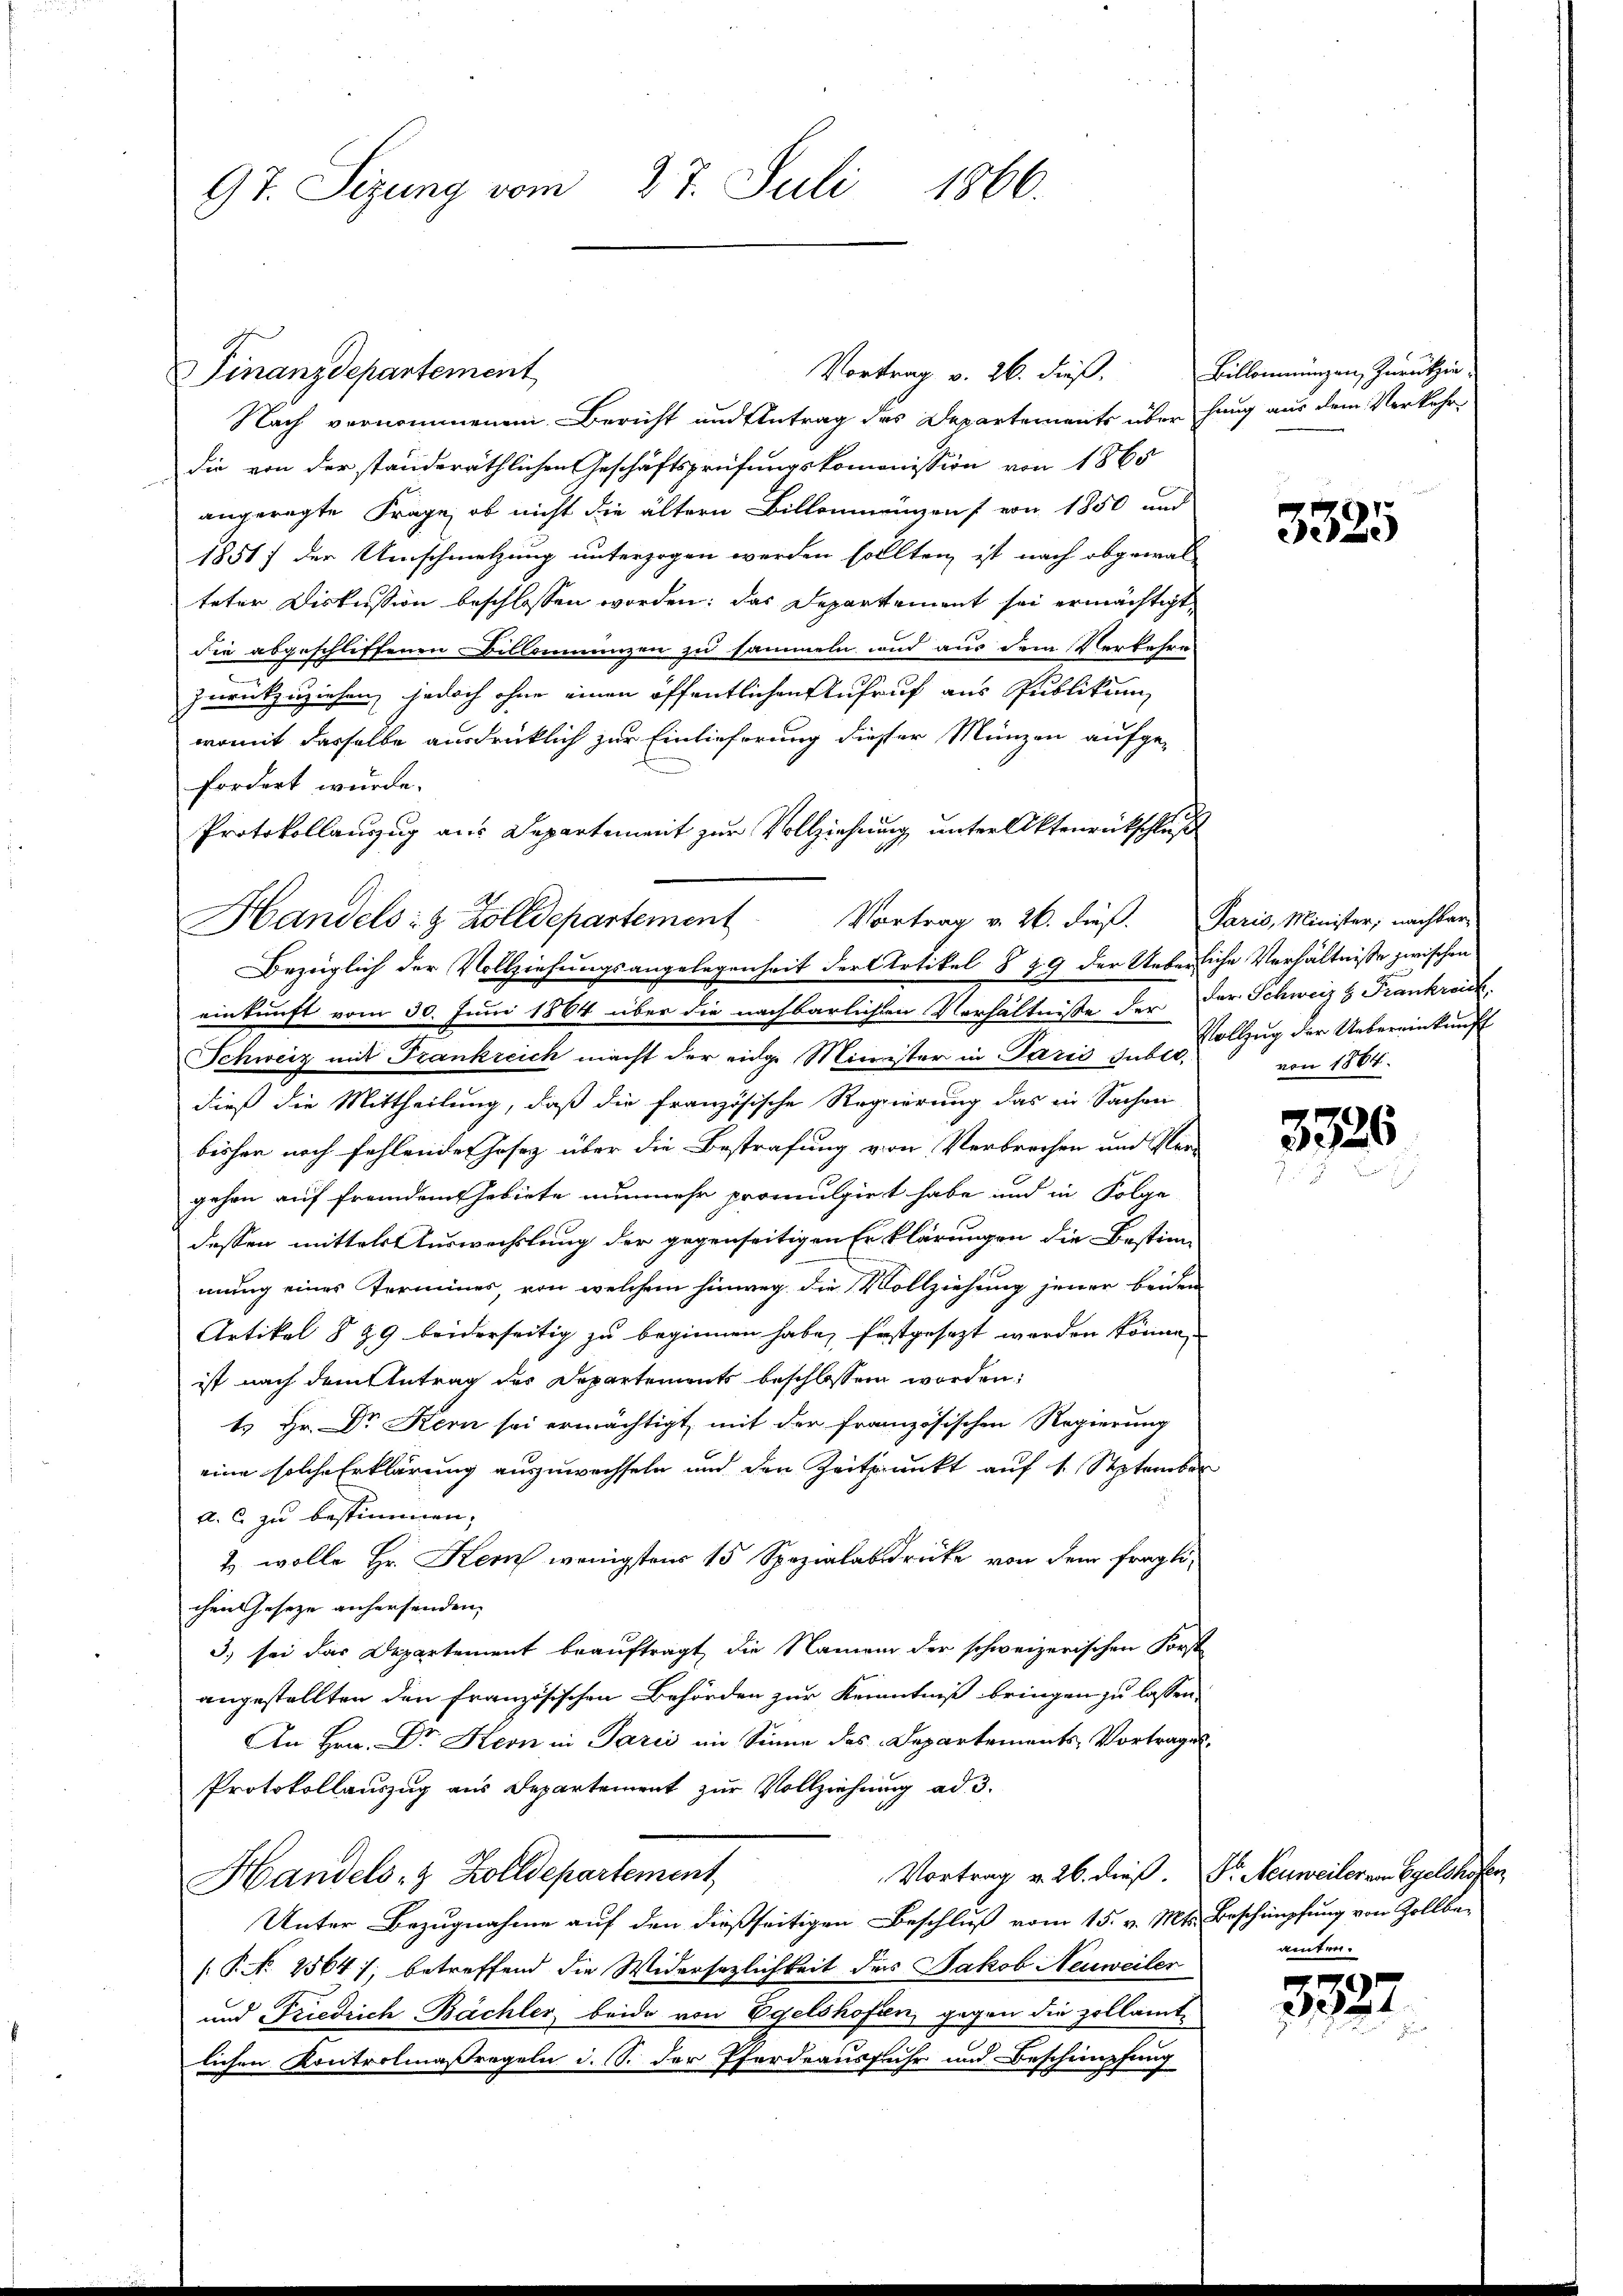
97. Sizung vom 27. Juli 1866.

Nach vernommenen Bericht und Antrag des Departements über hang aus dem Verkehrdie von der standeräthlichen Geschäftsprüfungskommission von 1865
angeregte Frage, ob nicht die ältern Billenmeigens von 1850 und
1851) der Umschmetzung unterzogen werden sollten ist nach obgewal-
teter Diskussion beschlossen worden; das Departement sei ermächtigt,
die abgeschliffenen Billonnungen zu sammeln und aus dem Verkehre
zurückzuziehen, jedoch ohne einen öffentlichen Aufruf aus Publikum
womit dasselbe ausdrücklich zur Einlieferung dieser Münzen aufge-
fordert wurde.
Protokollauszug aus Departement zur Vollziehung unter Aktenrückschluß
Handels- & Zolldepartement
einkunft vom 30. Juni 1864 über die nachbarlichen Verhältnisse der der Schweiz & Frankreich
Schweiz mit Frankreich macht der eidge Minister in Paris ins Dollzug der Uebereinkunft
dieß die Mittheilung, daß die französische Regierung das in Sachen
bisher noch fehlende Josez über die Bestrafung von Verbrechen und Ver-
gehen auf fremdem Gebiete nunmehr promulgirt habe und in Folge
dessen mittels Auswechslung der gegenseitigen Erklärungen die Bestim-
mung eines Termines, von welchem hinweg die Vollziehung jener beiden
Artikal § 99 beiderseitig zu beginnen habe, festgesezt werden könne,
ist nach dem Antrag des Departements beschlossen worden:
t Hr. Dr Kern sei ermächtigt, mit der französischen Regierung
eine solche Erklärung auszuwechseln und den Zeitpunkt auf 1. September
a. C. zu bestimmen.
2 wolle Hr. Kem wenigstens 15 Spezialabdrücke von dem fraglichen Geseze anhersenden.
3.) sei das Departement beauftragt, die Namen der schweizerischen Forst
angestellten den französischen Behörden zur Kenntniß bringen zu lassen.
An Hrn. Dr Kern in Parić im Sinne des Departements-Vortrages.
Protokollauszug aus Departement zur Vollziehung ad 3.
Vortrag v. 26. dieß. Dr. Neuweiler am Egeldhofer
Handels- & Zolldepartement,
Unter Bezugnahme auf den dießseitigen Beschluß vom 15. v. Mts. Beschimpfung von Zollbe-
[P No 2564), betreffend die Widersezlichkeit des Jakob Neuweiler
und Friedrich Bächler, beide von Egelshofen, gegen die zollamte
lichen Kontrolmaßregeln d. S. der Pferdeausfuhr und Beschnüpfung

Finanzdepartement

Vortrag v. 26. dieß,

Vortrag v. 26. dieß. Paris, Minister; nachbar-
Bezeiglich der Vollziehungsangelegenheit der Artikel § 29 der Ueberliche Verhältnisse zwischen

Billommungen, Zurükzin

3325

von 1864.

3326

amten.

3927